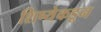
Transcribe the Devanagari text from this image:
शिष्येकडून